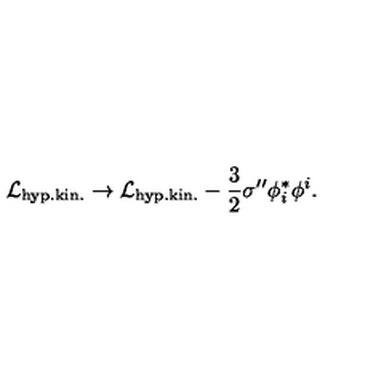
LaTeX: { \cal L } _ { \mathrm { h y p . k i n . } } \rightarrow { \cal L } _ { \mathrm { h y p . k i n . } } - \frac 3 2 \sigma ^ { \prime \prime } \phi _ { i } ^ { * } \phi ^ { i } .